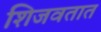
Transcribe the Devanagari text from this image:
शिजवतात